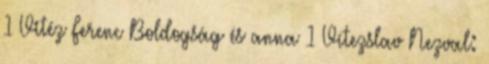
1 Vitéz Ferenc Boldogság és anna 1 Vítezslav Nezval: